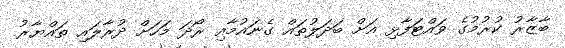
ބާޒާރު ކުރުމުގެ ވައްޓަފާޅި އަށް ބަދަލުތައް ގެނައުމާއި ރޯދަ މަހަށް ދުރާލައި ތައްޔާރު